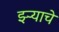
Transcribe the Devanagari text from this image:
झ्ऱ्याचे